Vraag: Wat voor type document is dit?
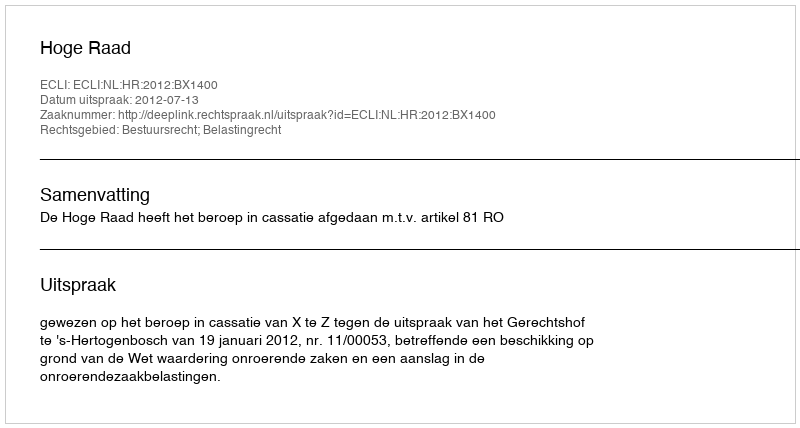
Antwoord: Uitspraak